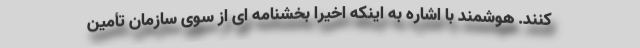
کنند. هوشمند با اشاره به اینکه اخیرا بخشنامه ای از سوی سازمان تأمین